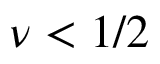
\nu < 1 / 2